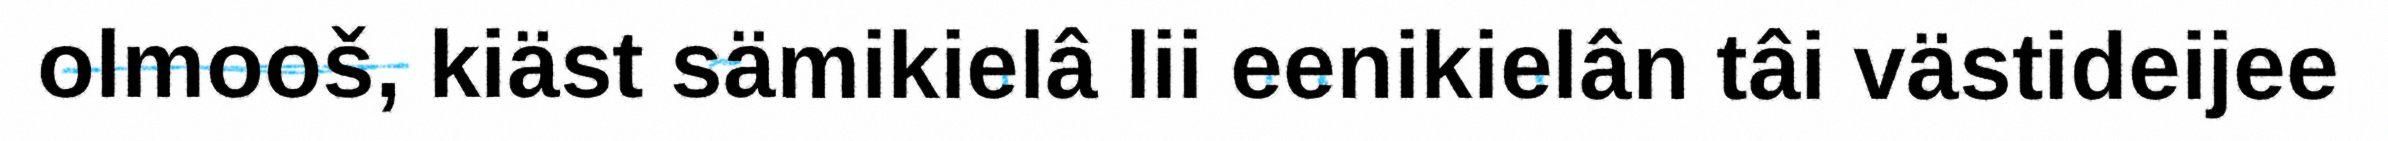
olmooš, kiäst sämikielâ lii eenikielân tâi västideijee